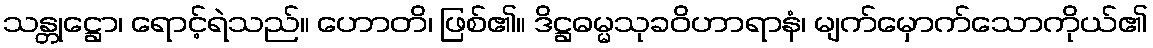
သန္တုဋ္ဌော၊ ရောင့်ရဲသည်။ ဟောတိ၊ ဖြစ်၏။ ဒိဋ္ဌဓမ္မသုခဝိဟာရာနံ၊ မျက်မှောက်သောကိုယ်၏